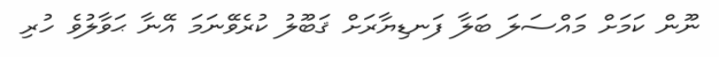
ނޫން ކަމަށް މައްސަލަ ބަލާ ފަނޑިޔާރަށް ޤަބޫލު ކުރެވޭނަމަ އޭނާ ޙަވާލުވެ ހުރި